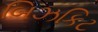
બિઝકિટ